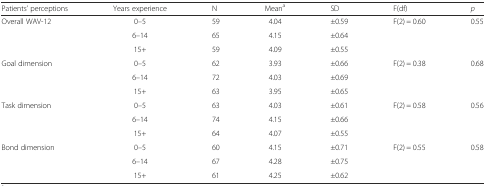
<table><thead><tr><td><b>Patients’ perceptions</b></td><td><b>Years experience</b></td><td><b>N</b></td><td><b>Mean<sup>a</sup></b></td><td><b>SD</b></td><td><b>F(df)</b></td><td><b><i>p</i></b></td></tr></thead><tbody><tr><td>Overall WAV-12</td><td>0–5</td><td>59</td><td>4.04</td><td>±0.59</td><td>F(2) = 0.60</td><td>0.55</td></tr><tr><td></td><td>6–14</td><td>65</td><td>4.15</td><td>±0.64</td><td></td><td></td></tr><tr><td></td><td>15+</td><td>59</td><td>4.09</td><td>±0.55</td><td></td><td></td></tr><tr><td>Goal dimension</td><td>0–5</td><td>62</td><td>3.93</td><td>±0.66</td><td>F(2) = 0.38</td><td>0.68</td></tr><tr><td></td><td>6–14</td><td>72</td><td>4.03</td><td>±0.69</td><td></td><td></td></tr><tr><td></td><td>15+</td><td>63</td><td>3.95</td><td>±0.65</td><td></td><td></td></tr><tr><td>Task dimension</td><td>0–5</td><td>63</td><td>4.03</td><td>±0.61</td><td>F(2) = 0.58</td><td>0.56</td></tr><tr><td></td><td>6–14</td><td>74</td><td>4.15</td><td>±0.66</td><td></td><td></td></tr><tr><td></td><td>15+</td><td>64</td><td>4.07</td><td>±0.55</td><td></td><td></td></tr><tr><td>Bond dimension</td><td>0–5</td><td>60</td><td>4.15</td><td>±0.71</td><td>F(2) = 0.55</td><td>0.58</td></tr><tr><td></td><td>6–14</td><td>67</td><td>4.28</td><td>±0.75</td><td></td><td></td></tr><tr><td></td><td>15+</td><td>61</td><td>4.25</td><td>±0.62</td><td></td><td></td></tr></tbody></table>